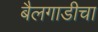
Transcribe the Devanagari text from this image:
बैलगाडीचा